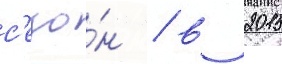
с'езо́н / в 2015